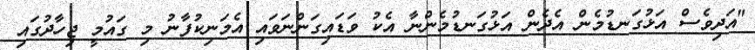
"އަދިވެސް އަޅުގަނޑުމެން އެދެން އަޅުގަނޑުމެންނާ އެކު ވަޑައިގަންނަވައި އެމަނިކުފާނު މި ގައުމީ ޖިހާދުގައި